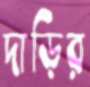
দাড়ির